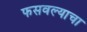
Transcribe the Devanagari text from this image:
फसवल्याचा